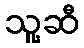
သူ့ဆီ